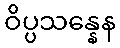
ဝိပ္ပသန္နေန